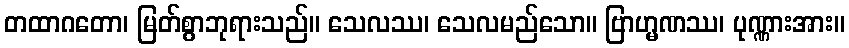
တထာဂတော၊ မြတ်စွာဘုရားသည်။ သေလဿ၊ သေလမည်သော။ ဗြာဟ္မဏဿ၊ ပုဏ္ဏားအား။